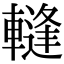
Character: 䡫